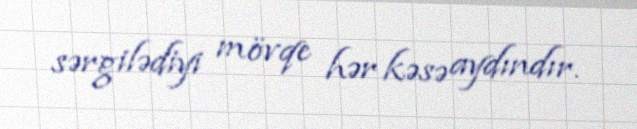
sərgilədiyi mövqe hər kəsə aydındır.